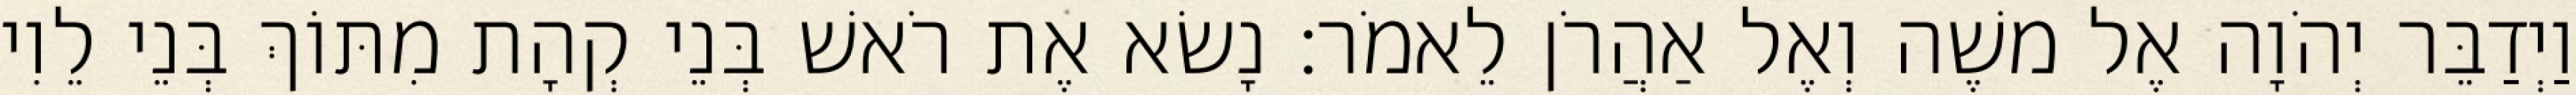
וַיְדַבֵּר יְהֹוָה אֶל משֶׁה וְאֶל אַהֲרֹן לֵאמֹר׃ נָשׂא אֶת רֹאשׁ בְּנֵי קְהָת מִתּוֹךְ בְּנֵי לֵוִי